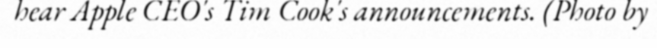
hear Apple CEO's Tim Cook's announcements. (Photo by